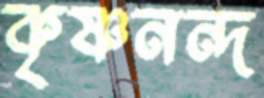
কৃষ্ণনন্দ